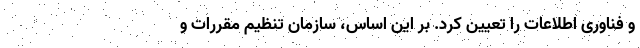
و فناوری اطلاعات را تعیین کرد. بر این اساس، سازمان تنظیم مقررات و